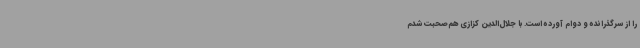
را از سرگذرانده و دوام آورده است. با جلال‌الدین کزازی هم‌صحبت شدم